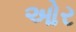
ઓર